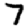
Digit: 7